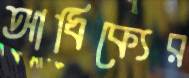
আধিক্যের